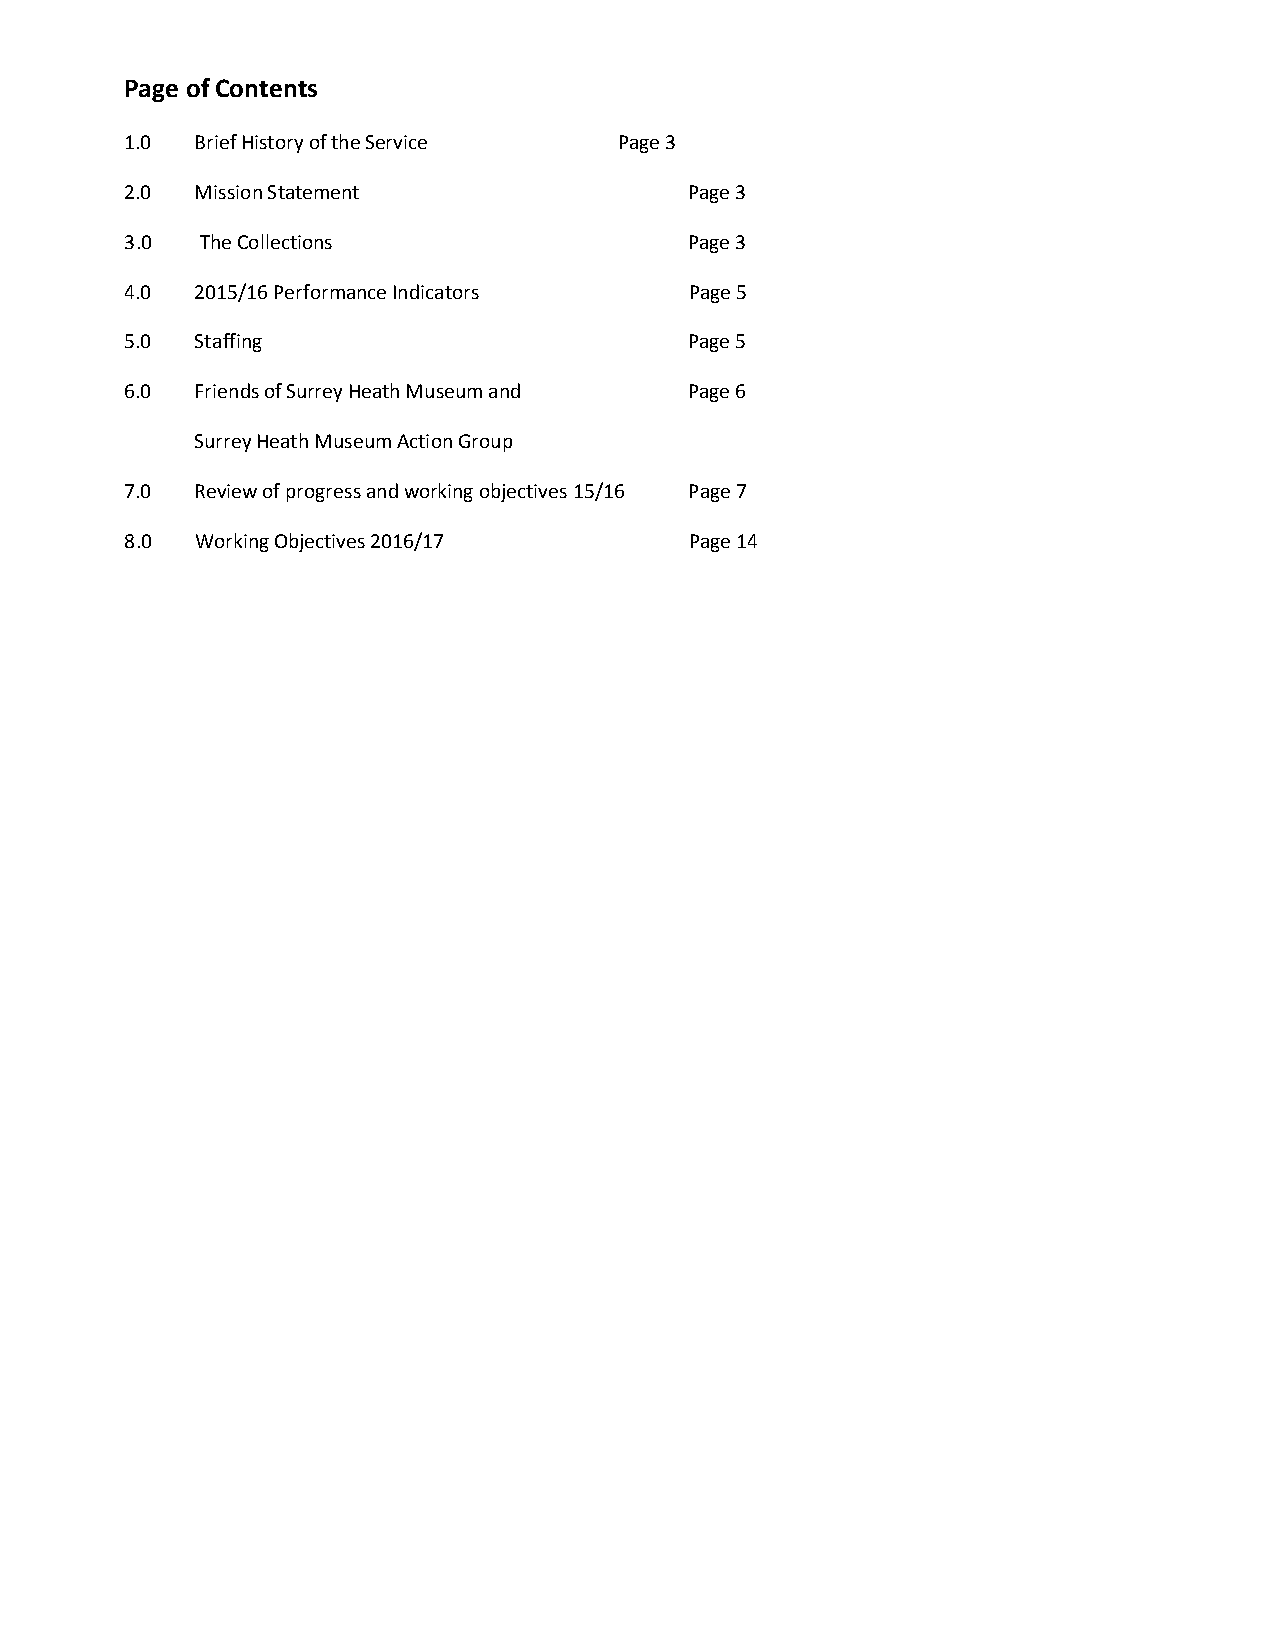
Page of Contents
 1.0  Brief History of the Service Page 3
 2.0  Mission Statement                Page 3
 3.0  The Collections                  Page 3
 4.0  2015/16 Performance Indicators   Page 5
 5.0  Staffing                         Page 5
 6.0  Friends of Surrey Heath Museum and Page 6
 Surrey Heath Museum Action Group
 7.0  Review of progress and working objectives 15/16 Page 7
 8.0  Working Objectives 2016/17       Page 14